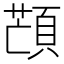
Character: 𩓜